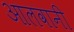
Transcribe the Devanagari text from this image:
आलवानी